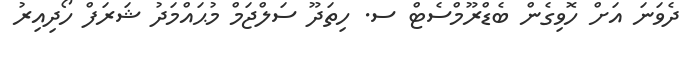
ދެވަނަ އަށް ހޮވިގެން ބެޑްރޫމްސެޓް ސ. ހިތަދޫ ސަލްޖަމް މުޙައްމަދު ޝަރަފް ހޯދިއިރު